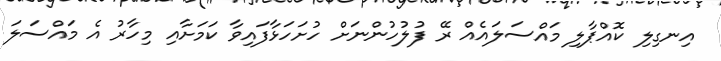
އިނގިލި ކޮއްޕާލި މައްސަލައެއް ރޭ ފުލުހުންނަށް ހުށަހަޅާފައިވާ ކަމަށާއި މިހާރު އެ މައްސަލަ